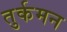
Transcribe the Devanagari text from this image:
तुर्कमन